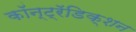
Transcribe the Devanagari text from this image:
कॉन्ट्रॅडिक्शन